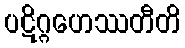
ပဋိဂ္ဂဟေဿတီတိ